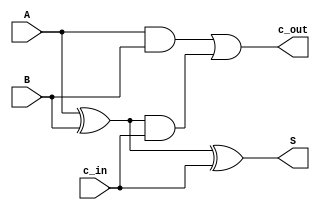
module full_add ( A, B, c_in, S, c_out);

 input wire A, B, c_in;
 output reg S, c_out;

 always @(A or B or c_in)
  begin 
   S = A ^ B ^ c_in; 
   c_out = (A&B) | (A^B) & c_in; 
	
  end
  
endmodule